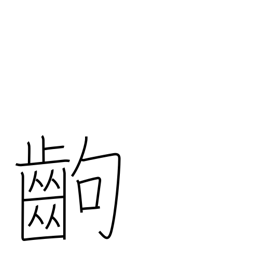
Meaning: a paragraph